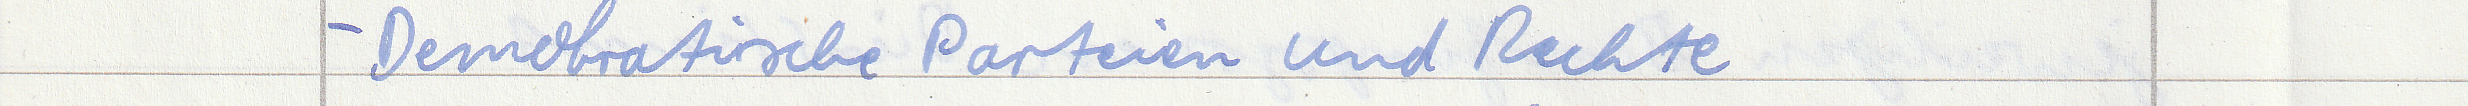
- Demokratische Parteien und Rechte